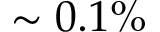
\sim 0 . 1 \%